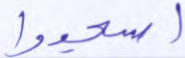
اسجدوا